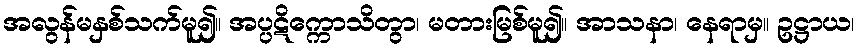
အလွန်မနှစ်သက်မူ၍။ အပ္ပဋိက္ကောသိတွာ၊ မတားမြစ်မူ၍။ အာသနာ၊ နေရာမှ။ ဥဋ္ဌာယ၊